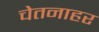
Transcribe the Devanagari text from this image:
चेतनाहर